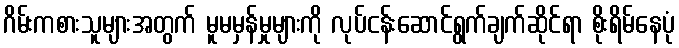
ဂိမ်းကစားသူများအတွက် မူမမှန်မှုများကို လုပ်ငန်းဆောင်ရွက်ချက်ဆိုင်ရာ စိုးရိမ်နေပုံ